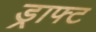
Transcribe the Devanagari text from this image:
ड्राफ्‍ट